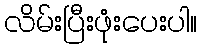
လိမ်းပြီးဖုံးပေးပါ။